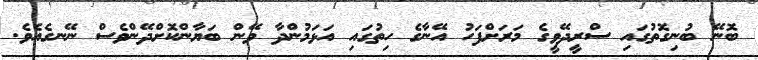
ބޮނޭ ބުނިގޮތުގައި ސްރީދޭވީގެ މަރަށްފަހު އޭނާގެ ހިތުގައި އަޅަމުންދާ ވޭން ބަޔާންކޮށްދޭންވެސް ނޭނގެއެވެ.